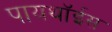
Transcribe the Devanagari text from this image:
पायथॉईस